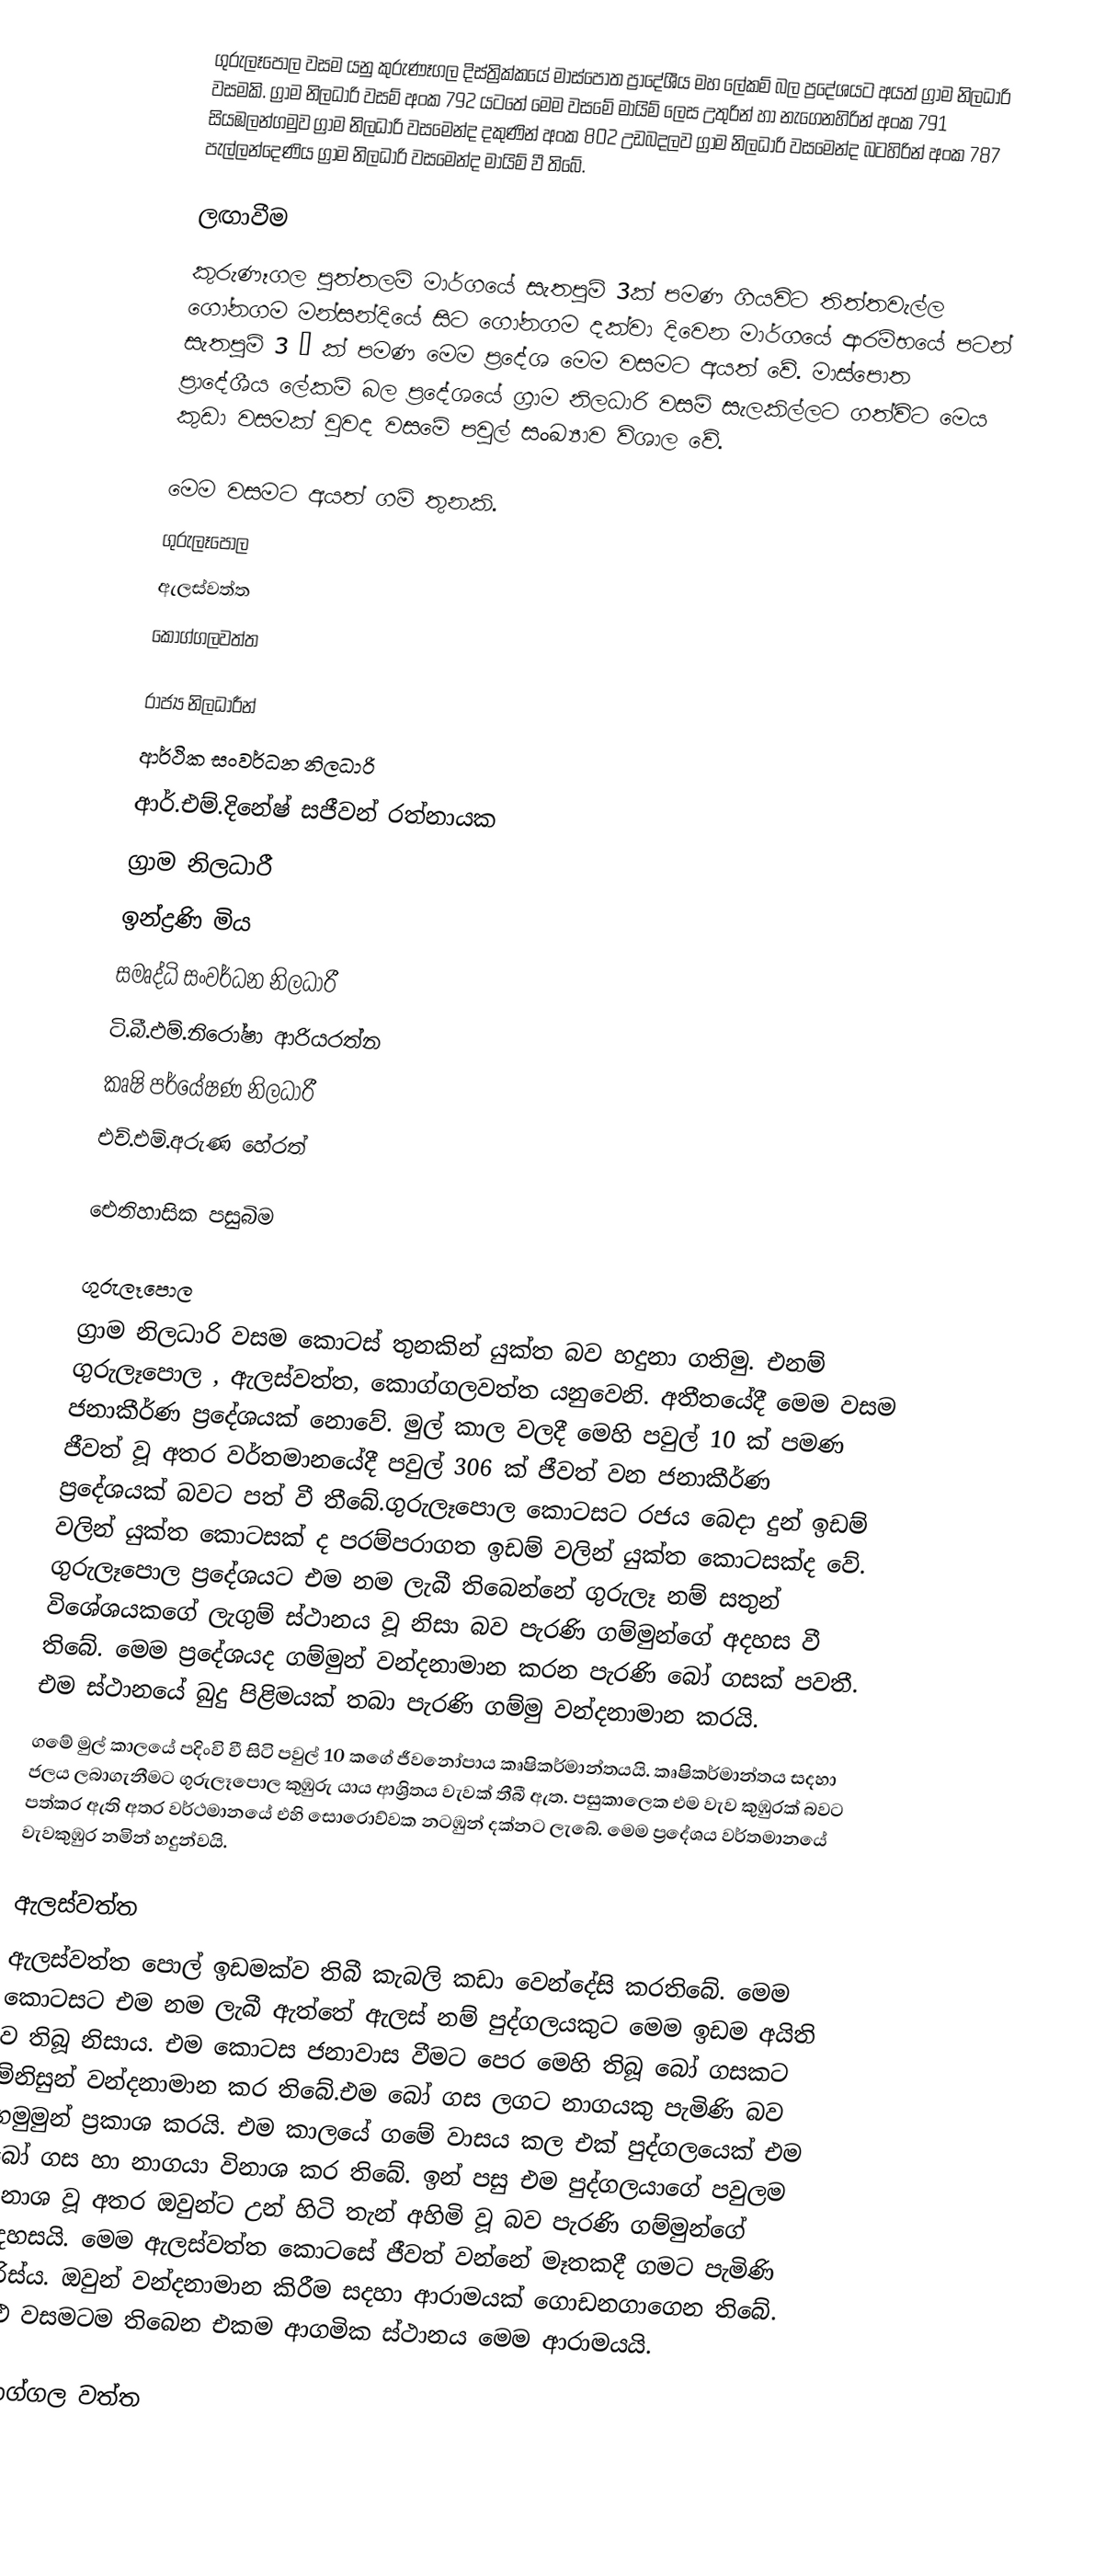
ගුරුලෑපොල වසම යනු කුරුණෑගල දිස්ත්‍රික්කයේ මාස්පොත ප්‍රාදේශීය මහ ලේකම් බල ප්‍රදේශයට අයත් ග්‍රාම නිලධාරි වසමකි. ග්‍රාම නිලධාරි වසම් අංක 792 යටතේ මෙම වසමේ මායිම් ලෙස උතුරින් හා නැගෙනහිරින් අංක 791 සියඹලන්ගමුව ග්‍රාම නිලධාරි වසමෙන්ද දකුණින් අංක 802 උඩබදලව ග්‍රාම නිලධාරි වසමෙන්ද බටහිරින් අංක 787 පැල්ලන්දෙණිය ග්‍රාම නිලධාරි වසමෙන්ද මායිම් වී තිබේ.

ලඟාවීම
කුරුණෑගල පුත්තලම් මාර්ගයේ සැතපුම් 3ක් පමණ ගියවිට තිත්තවැල්ල ගෝනගම මන්සන්දියේ සිට ගෝනගම දක්වා දිවෙන මාර්ගයේ ආරම්භයේ පටන් සැතපුම් 3 ¾ ක් පමණ මෙම ප්‍රදේශ මෙම වසමට අයත් වේ. මාස්පොත ප්‍රාදේශීය ලේකම් බල ප්‍රදේශයේ ග්‍රාම නිලධාරි වසම් සැලකිල්ලට ගත්විට මෙය කුඩා වසමක් වුවද වසමේ පවුල් සංඛ්‍යාව විශාල වේ.

මෙම වසමට අයත් ගම් තුනකි.
 ගුරුලෑපොල
 ඇලස්වත්ත
 කොග්ගලවත්ත

රාජ්‍ය නිලධාරීන්
ආර්ථික සංවර්ධන නිලධාරි
ආර්.එම්.දිනේෂ් සජීවන් රත්නායක
ග්‍රාම නිලධාරී
ඉන්ද්‍රණි මිය
සමෘද්ධි සංවර්ධන නිලධාරී
ටි.බී.එම්.නිරෝෂා ආරියරත්න
කෘෂි පර්යේෂණ නිලධාරී
එච්.එම්.අරුණ හේරත්

ඓතිහාසික පසුබිම

ගුරුලෑපොල
ග්‍රාම නිලධාරි වසම කොටස් තුනකින් යුක්ත බව හදුනා ගතිමු. එනම් ගුරුලෑපොල , ඇලස්වත්ත, කොග්ගලවත්ත යනුවෙනි. අතීතයේදී මෙම වසම ජනාකීර්ණ ප්‍රදේශයක් නොවේ. මුල් කාල වලදී මෙහි පවුල් 10 ක් පමණ ජීවත් වූ අතර වර්තමානයේදී ‍පවුල් 306 ක් ජීවත් වන ජනාකීර්ණ ප්‍රදේශයක් බවට පත් වී තීබේ.ගුරුලෑපොල කොටසට රජය බෙදා දුන් ඉඩම් වලින් යුක්ත කොටසක් ද පරම්පරාගත ඉඩම් වලින් යුක්ත කොටසක්ද වේ. ගුරුලෑපොල ප්‍රදේශයට එම නම ලැබී තිබෙන්නේ ගුරුලෑ නම් සතුන් විශේශයකගේ ලැගුම් ස්ථානය වූ නිසා බව පැරණි ගම්මුන්ගේ අදහස වී තිබේ. මෙම ප්‍රදේශයද ගම්මුන් වන්දනාමාන කරන පැරණි බෝ ගසක් පවතී. එම ස්ථානයේ බුදු පිළිමයක් තබා පැරණි ගම්මු වන්දනාමාන කරයි.
ගමේ මුල් කාලයේ පදිංවි වී සිටි පවුල් 10 කගේ ජීවනෝපාය ‍කෘෂිකර්මාන්තයයි. කෘෂිකර්මාන්තය සදහා ජලය ලබාගැනීමට ගුරුලෑපොල කුඹුරු යාය ආශ්‍රිතය වැවක් තීබී ඇත. පසුකාලෙක එම වැව කුඹුරක් බවට පත්කර ඇති අතර වර්ථමානයේ එහි සොරොව්වක නටඹුන් දක්නට ලැබේ. මෙම ප්‍රදේශය වර්තමානයේ වැවකුඹුර නමින් හදුන්වයි.

ඇලස්වත්ත
ඇලස්වත්ත පොල් ඉඩමක්ව තිබී කැබලි කඩා වෙන්දේසි කරතිබේ. මෙම කොටසට ‍එම නම ලැබී ඇත්තේ ඇලස් නම් පුද්ගලයකුට මෙම ඉඩම අයිති ව තිබූ නිසාය. එම කොටස ජනාවාස වීමට පෙර මෙහි තිබූ බෝ ගසකට මිනිසුන් වන්දනාමාන කර තිබේ.එම බෝ ගස ලගට නාගයකු පැමිණි බව ගමුමුන් ප්‍රකාශ කරයි. එම කාලයේ ගමේ වාසය කල එක් පුද්ගලයෙක් එම බෝ ගස හා නාගයා විනාශ කර තිබේ. ඉන් පසු එම පුද්ගලයාගේ පවුලම විනාශ වූ අතර ඔවුන්ට ‍උන් හිටි තැන් අහිමි වූ බව පැරණි ගම්මුන්ගේ අදහසයි. මෙම ඇලස්වත්ත කොටසේ ජීවත් වන්නේ මෑතකදී ගමට පැමිණි පිරිස්ය. ඔවුන් වන්දනාමාන කිරීම සදහා ආරාමයක් ගොඩනගාගෙන තිබේ. මුළු වසමටම ති‍බෙන එකම ආගමික ස්ථානය මෙම ආරාමයයි.

කොග්ගල වත්ත
කො